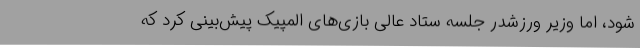
شود، اما وزیر ورزشدر جلسه ستاد عالی بازی‌های المپیک پیش‌بینی کرد که